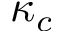
\kappa _ { c }